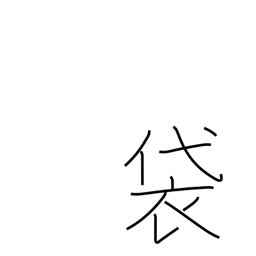
Meaning: pouch